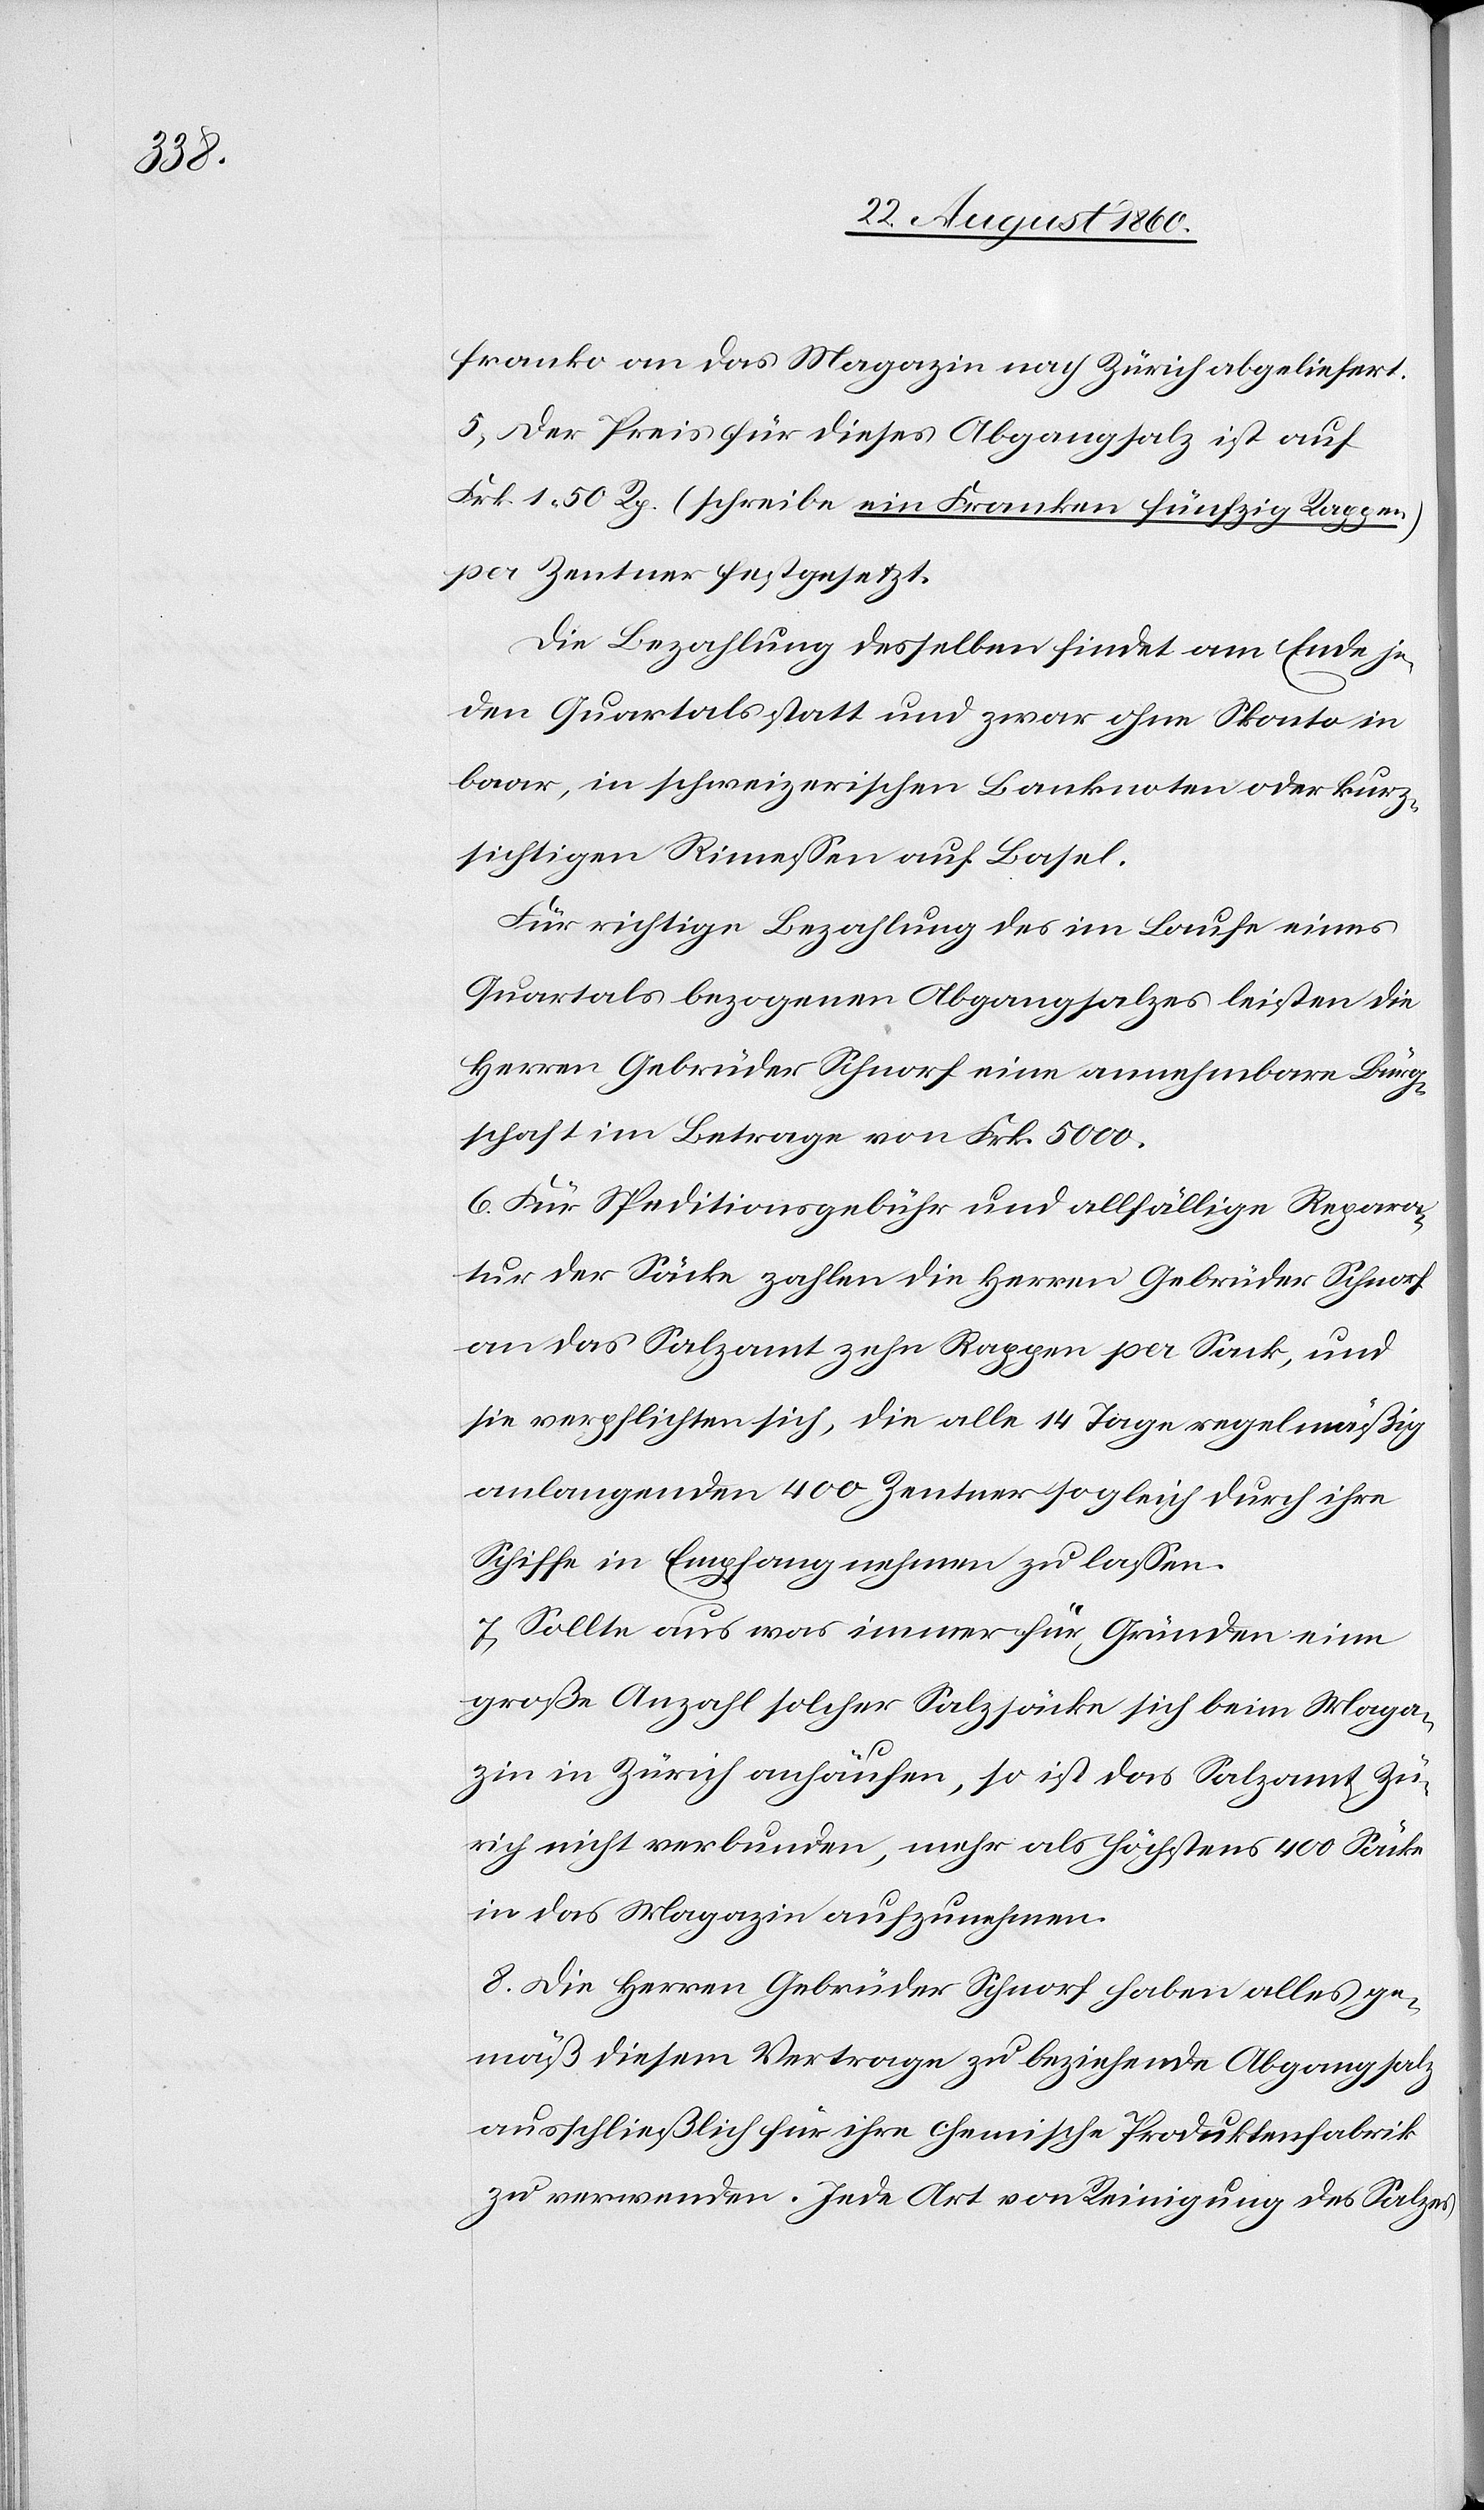
franco an das Magazin nach Zürich abgeliefert.
5) Der Preis für dieses Abgangsalz ist auf
Frk. 1. 50 Rp. (schreibe Ein Franken, fünfzig Rappen)
per Zentner festgesetzt.
Die Bezahlung desselben findet am Ende je¬
den Quartals statt, und zwar ohne Sconto in
baar, in schweizerischen Banknoten oder kurz¬
sichtigen Rimessen auf Basel.
Für richtige Bezahlung des im Laufe eines
Quartals bezogenen Abgangsalzes leisten die
Herrn Gebrüder Schnorf eine annehmbare Bürge¬
rschaft im Betrage von fcs. 5000.
6. Für Speditionsgebühr und allfällige Repara¬
tur der Säcke zahlen die Herren Gebrüder Schnorf
an das Salzamt zehn Rappen per Sack, und
sie verpflichten sich, die alle 14 Tage regelmässig
anlangenden 400 Zentner sogleich durch ihre
Schiffe in Empfang nehmen zu lassen.
7. Sollte aus was immer für Gründen eine
grosse Anzahl solcher Salzsäcke sich beim Maga¬
zin in Zürich anhäufen, so ist das Salzamt Zü¬
rich nicht verbunden, mehr als höchstens 400 Säcke
in das Magazin aufzunehmen.
8. Die Herren Gebrüder Schnorf haben alles ge¬
mäss diesem Vertrage zu beziehende Abgangsalz
ausschliesslich für ihre chemische Produktenfabrik
zu verwenden. Jede Art von Reinigung des Salzes